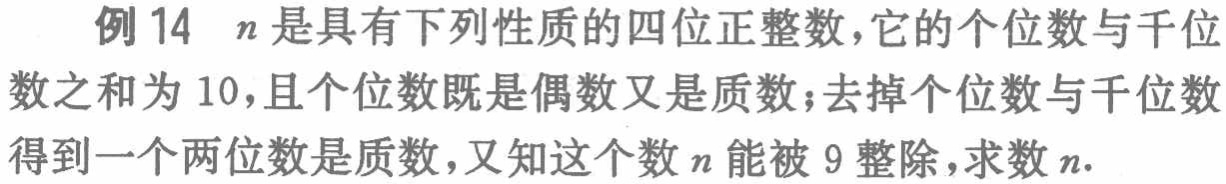
例14 \(n\)是具有下列性质的四位正整数，它的个位数与千位数之和为 \(10\)，且个位数既是偶数又是质数；去掉个位数与千位数得到一个两位数是质数，又知这个数 \(n\)能被 \(9\)整除，求数 \(n\).